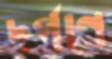
দর্পণে